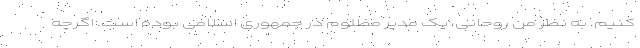
کنیم. به نظر من روحانی، یک مدیر مظلوم در جمهوری اسلامی بوده است. اگرچه